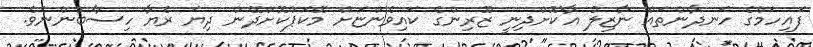
ފައިހަމްގެ ހަނދާންތައް ނާޒިލު އާކޮށްދިނީ ޒޫރިންގެ ކައިވެންޏަށް މޭކަޕްކޮށްދޭން ދިޔަ ރެޔާ ހިސާބުންނެވެ.